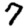
Digit: 7